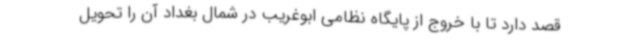
قصد دارد تا با خروج از پایگاه نظامی ابوغریب در شمال بغداد آن را تحویل